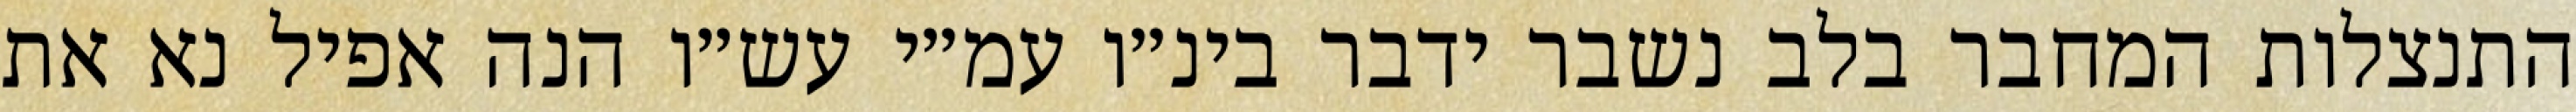
התנצלות המחבר בלב נשבר ידבר בינ״ו עמ״י עש״ו הנה אפיל נא את